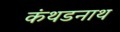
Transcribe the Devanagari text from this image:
कंथडनाथ